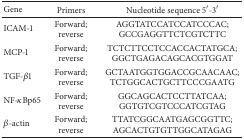
| Gene | Primers | Nucleotide sequence 5′-3′ |
 | --- | --- | --- |
 | ICAM-1 | Forward;reverse | AGGTATCCATCCATCCCAC;GCCGAGGTTCTCGTCTTC |
 | MCP-1 | Forward;reverse | TCTCTTCCTCCACCACTATGCA;GGCTGAGACAGCACGTGGAT |
 | TGF-β1 | Forward;reverse | GCTAATGGTGGACCGCAACAAC;TCTGGCACTGCTTCCCGAATG |
 | NF-κBp65 | Forward;reverse | GGCAGCACTCCTTATCAA;GGTGTCGTCCCATCGTAG |
 | β-actin | Forward;reverse | TTATCGGCAATGAGCGGTTC;AGCACTGTGTTGGCATAGAG |